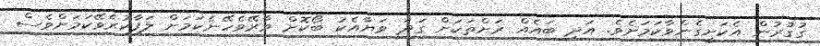
ގުގުރުން އެކަށީގެންވާކަމަށެވެ. އަދި ބައެއް ރަށްތަކަށް ގަދަ ވަޔާއެކު ބޯކޮށް ވާރޭވެހޭނެކަމަށް ލަފާކުރެވޭކަމަށްވެސް